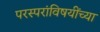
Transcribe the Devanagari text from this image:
परस्परांविषयींच्या